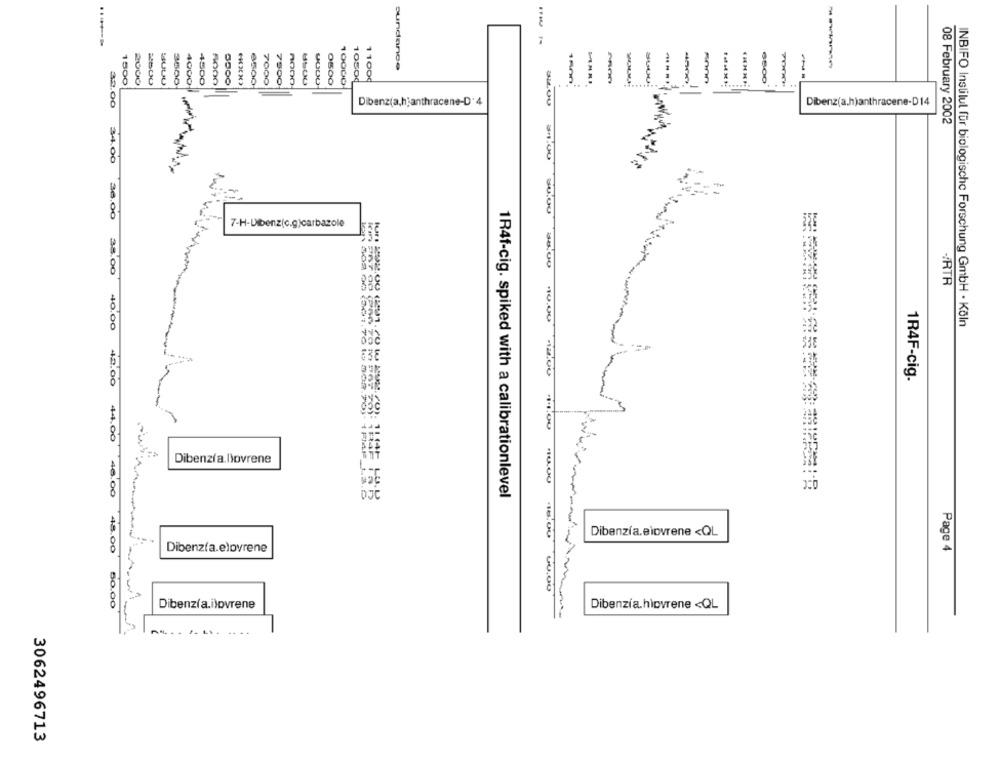
......
sundance
-
1500
2000
3500
4000
4500
5000
8500
7000
7500
8500
O500
10000
10500
11000
-
32.00
Dibenz(a,hjanthracene-D-4
Dibenzia.hjanthracene-D14
08 February 2002
34.00
,00
7-H-Dibenz(c.g)carbazole
38.0
HRTR
40.00
INBIFO Institut für biologische Forschung GmbH · Köln
1R4F-cig.
42.00
In1 508 00 (301.70 to 302.20)
44.00
1141
Dibenzia.lovrene
:46.00
1R4f-cig. spiked with a calibrationlevel
Dibenzia.Biovrene <QL
Dibenzía.elovrene
Page 4
48.00 50.00
Dibenzía.i)ovrene
Dibenzia.hipvrene <QL
3062496713